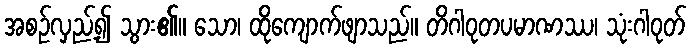
အစဉ်လှည့်၍ သွား၏။ သော၊ ထိုကျောက်ဖျာသည်။ တိဂါဝုတပမာဏဿ၊ သုံးဂါဝုတ်